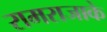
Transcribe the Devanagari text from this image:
रामराजाके